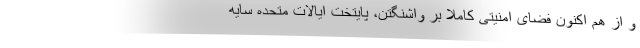
و از هم اکنون فضای امنیتی کاملا بر واشنگتن، پایتخت ایالات متحده سایه